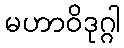
မဟာဝိဒုဂ္ဂါ